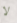
لا